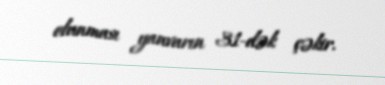
olunması yanvarın 31-dək çəkir.